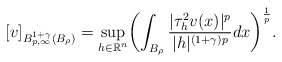
\begin{align*}[v]_{B^{1+\gamma}_{p,\infty}(B_\rho)} = \displaystyle\sup_{h \in \mathbb{R}^{n}} \biggl( \displaystyle\int_{B_\rho} \dfrac{|\tau^2_hv(x)|^{p}}{|h|^{(1+\gamma) p}} dx \biggr)^{\frac{1}{p}}. \end{align*}